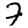
Digit: 7